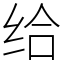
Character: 给